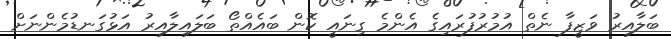
ބަލާއިރު ވަޒީފާ ނެތް އުމުރުފުރައިގެ އެންމެ ގިނައީ ކޮން ބައެއްތޯ ބަލައިލާއިރު އަޅުގަނޑުމެންނަށް